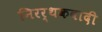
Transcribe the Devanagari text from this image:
निरर्थकवादी